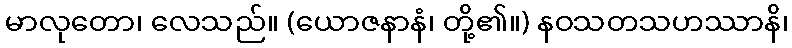
မာလုတော၊ လေသည်။ (ယောဇနာနံ၊ တို့၏။) နဝသတသဟဿာနိ၊